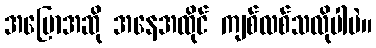
အပြောအဆို အနေအထိုင် ကျစ်လစ်သလိုပါပဲ။